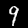
Label: 9